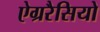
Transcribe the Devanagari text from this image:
ऐग्ररैसियो